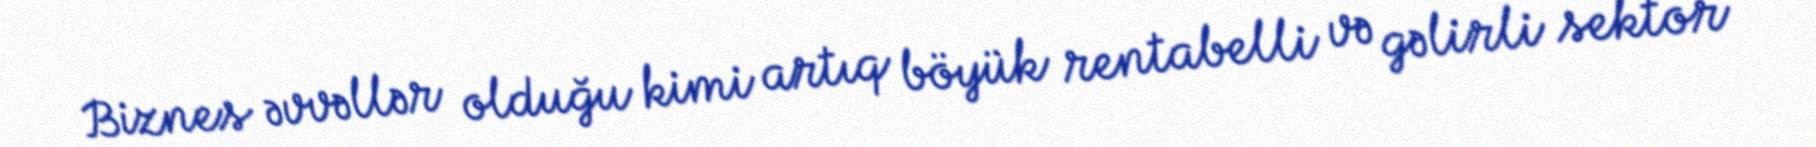
Biznes əvvəllər olduğu kimi artıq böyük rentabelli və gəlirli sektor